65_HS1-834228961_62-HQ-83894_Section_5
Agency: FBI
Page 51
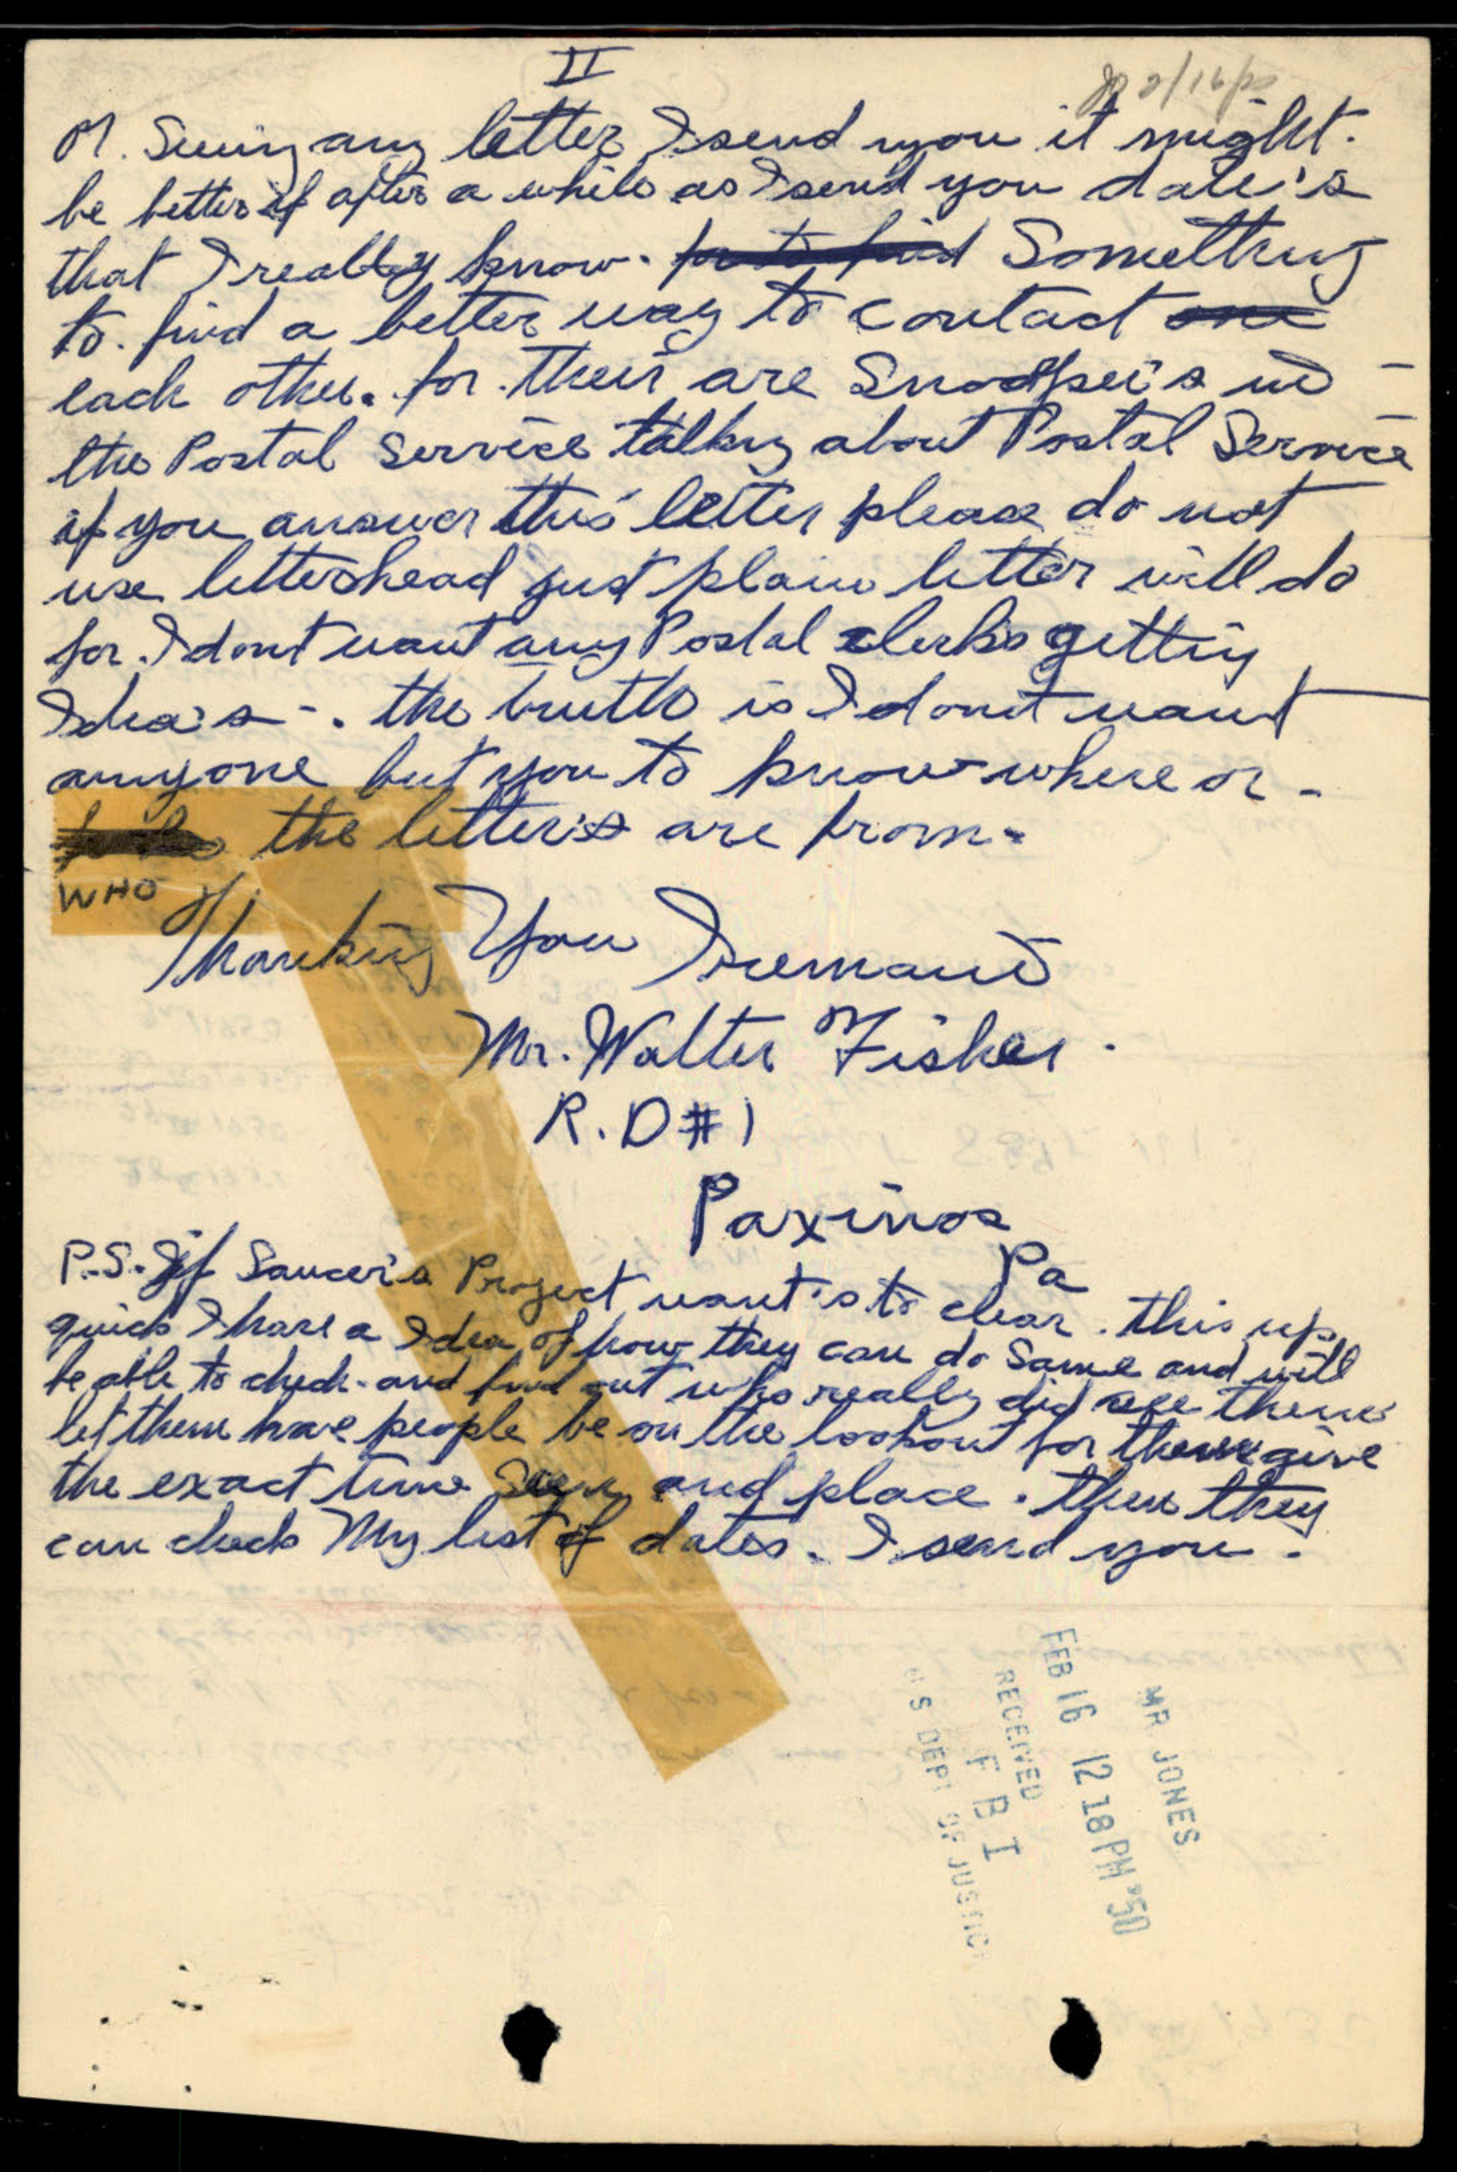